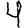
Digit: 4